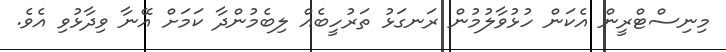
މިނިސްޓްރީން އެކަން ހުޅުވާލުމުން ރަނގަޅު ތަރުހީބެއް ލިބެމުންދާ ކަމަށް އޭނާ ވިދާޅުވި އެވެ.